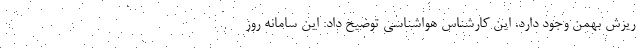
ریزش بهمن وجود دارد. این کارشناس هواشناسی توضیح داد: این سامانه روز